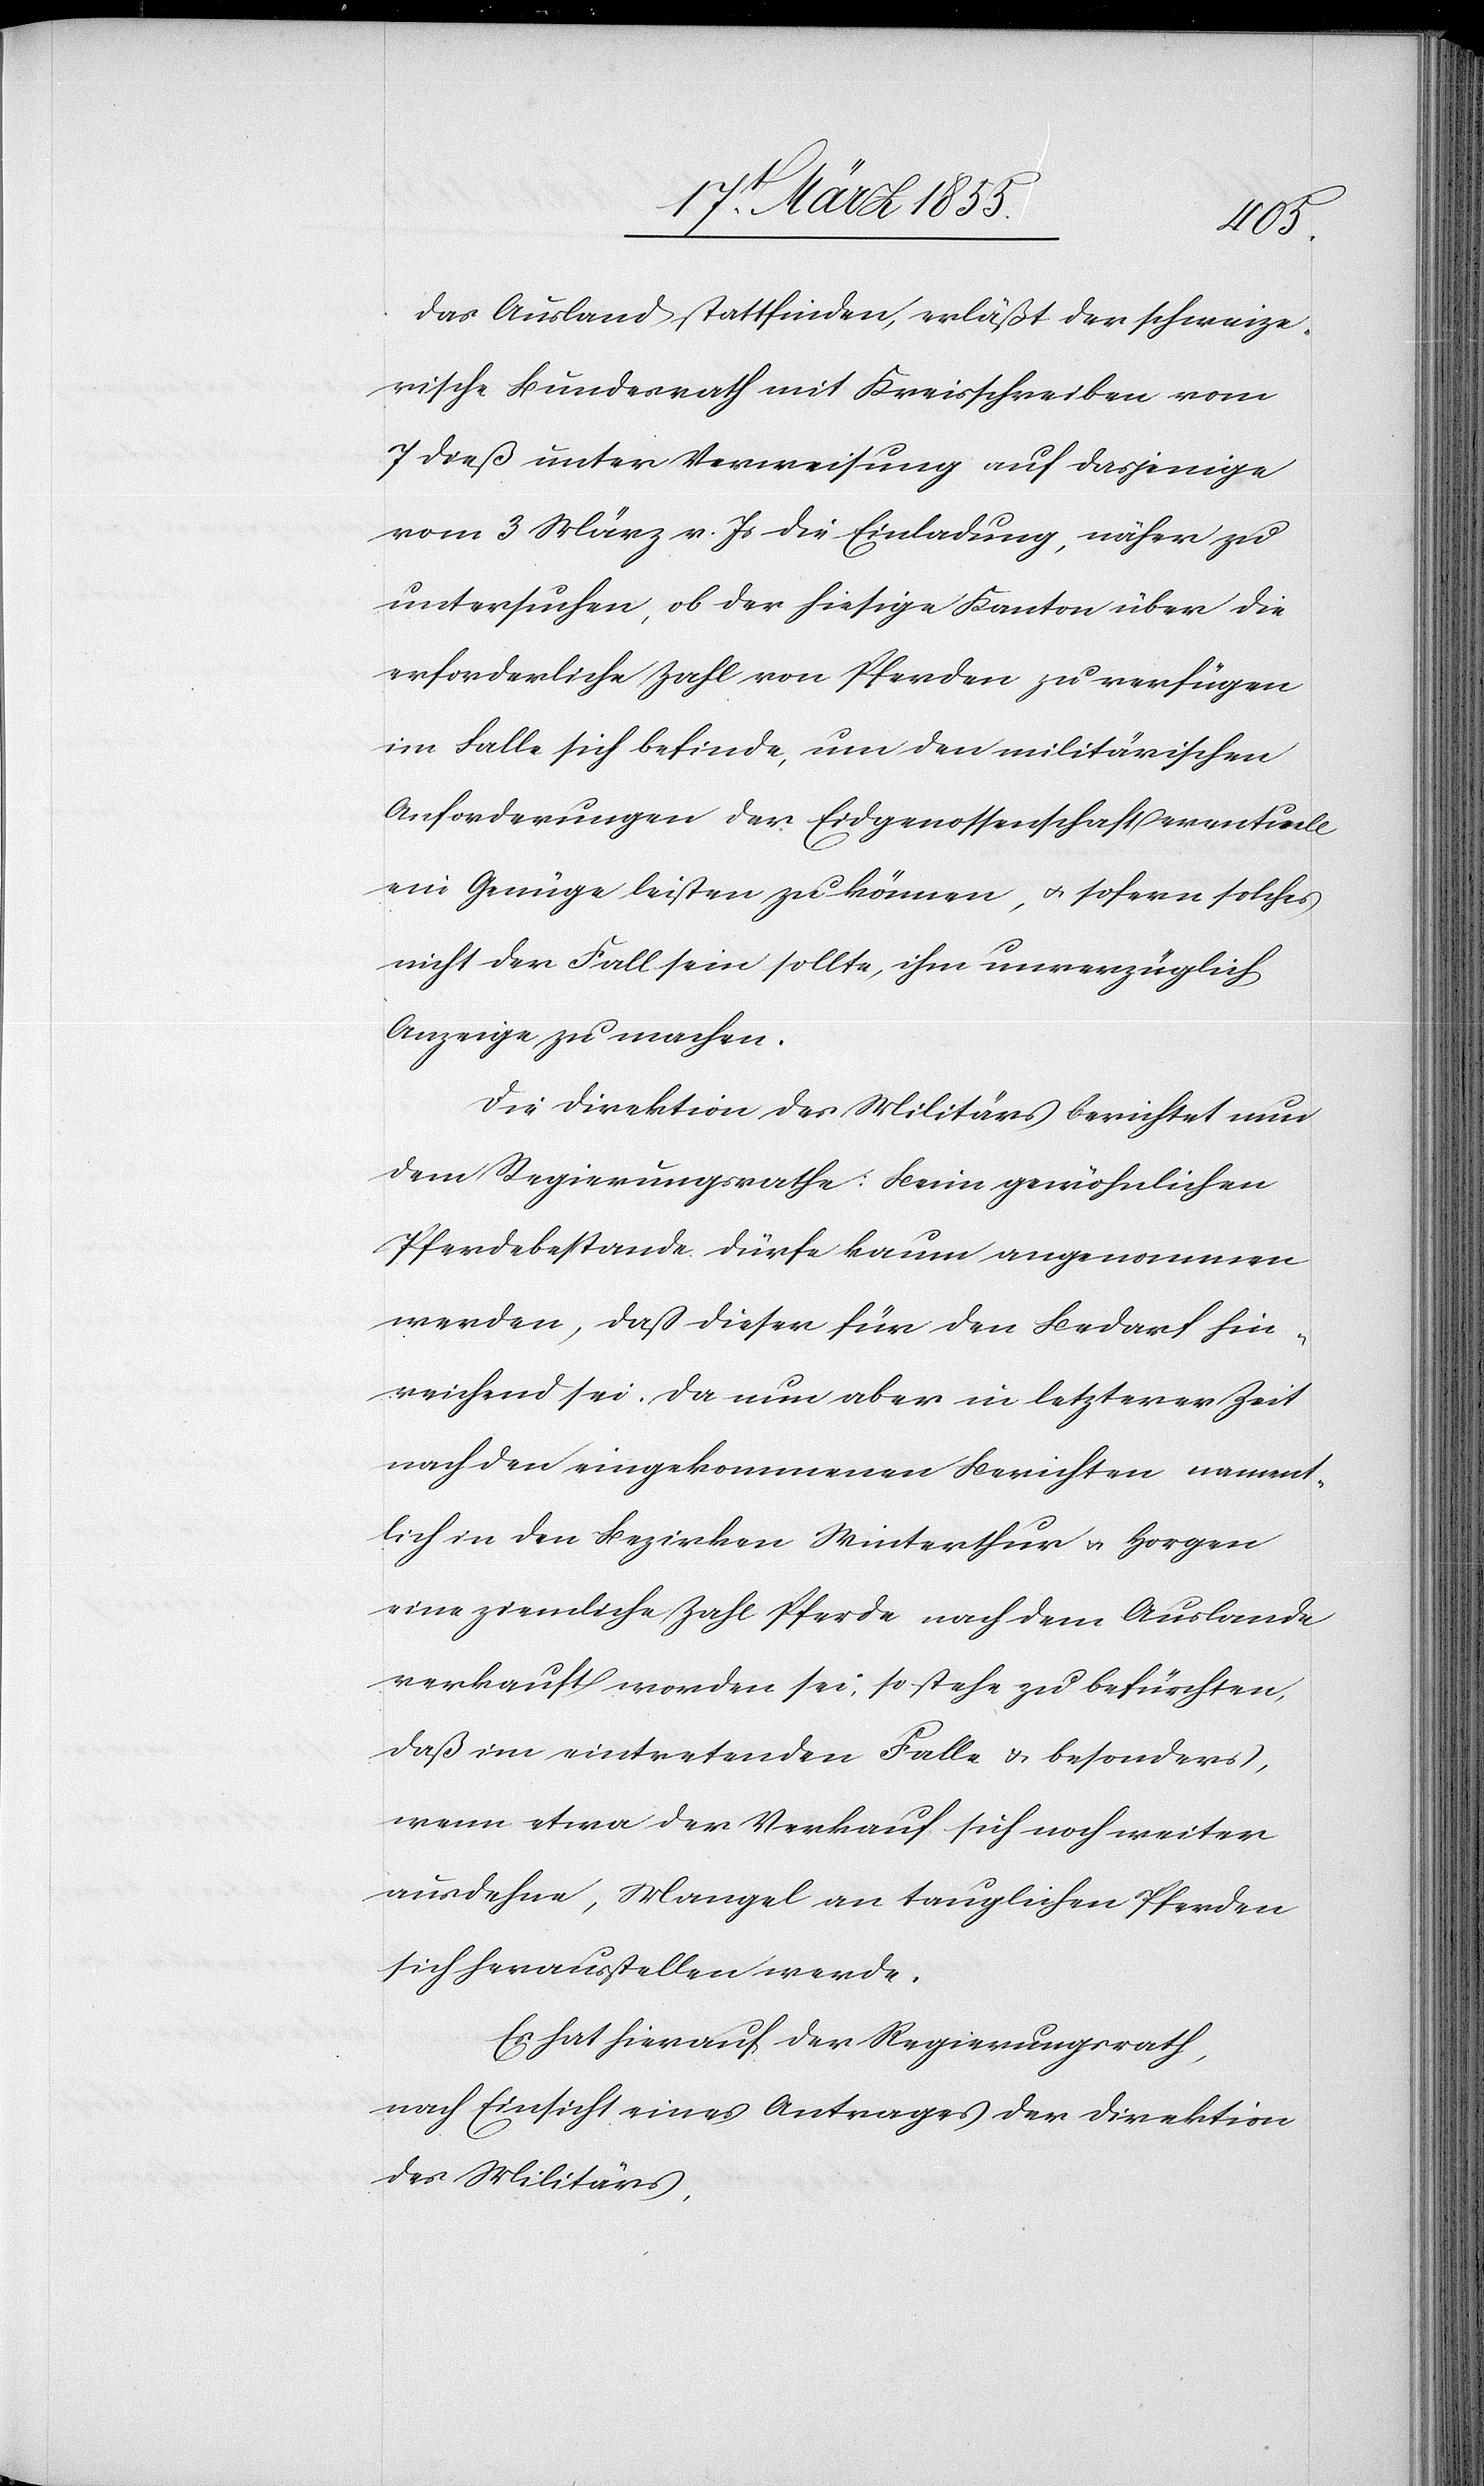
hin¬
das Ausland stattfinden, erläßt der schweize¬
rische Bundesrath mit Kreisschreiben vom
7 dieß unter Verweisung auf dasjenige
vom 3 März v. Js die Einladung, näher zu
untersuchen, ob der hiesige Kanton über die
erforderliche Zahl von Pferden zu verfügen
im Falle sich befinde, um den militärischen
Anforderungen der Eidgenossenschaft eventuell
ein Genüge leisten zu können, & sofern solches
nicht der Fall sein sollte, ihm unverzüglich
Anzeige zu machen.
Die Direktion des Militärs berichtet nun
dem Regierungsrathe: Beim gewöhnlichen
Pferdebestande dürfe kaum angenommen
werden, daß dieser für den Bedarf [n¬
reichend sei. Da nun aber in letzterer Zeit
nach den eingekommenen Berichten nament¬
lich in den Bezirken Winterthur & Horgen
eine ziemliche Zahl Pferde nach dem Auslande
verkauft worden sei, so stehe zu befürchten,
daß im eintretenden Falle & besonders,
wenn etwa der Verkauf sich noch weiter
ausdehne, Mangel an tauglichen Pferden
sich herausstellen werde.
Es hat hierauf der Regierungsrath,
nach Einsicht eines Antrages der Direktion
des Militärs,